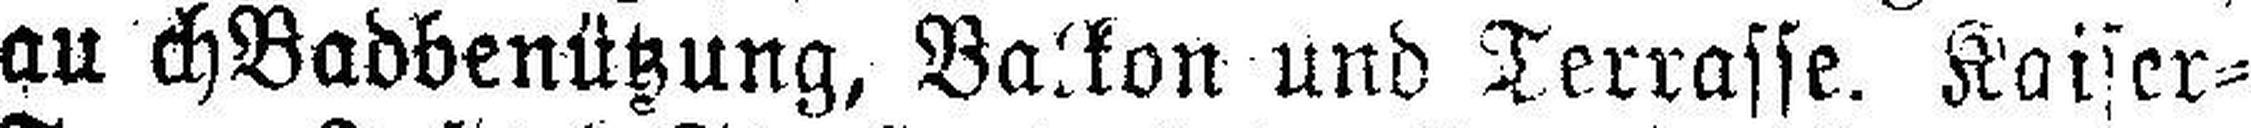
auch Badbenützung, Balkon und Terrasse. Kaiser¬